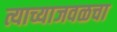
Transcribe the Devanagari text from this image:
त्याच्याजवळचा